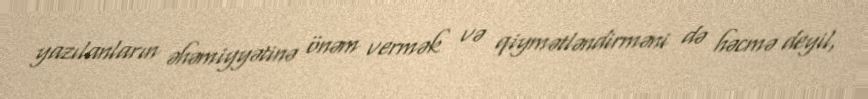
yazılanların əhəmiyyətinə önəm vermək və qiymətləndirməni də həcmə deyil,